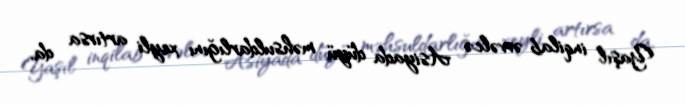
Yaşıl inqilab əvvəlcə Asiyada düyü məhsuldarlığını xeyli artırsa da,